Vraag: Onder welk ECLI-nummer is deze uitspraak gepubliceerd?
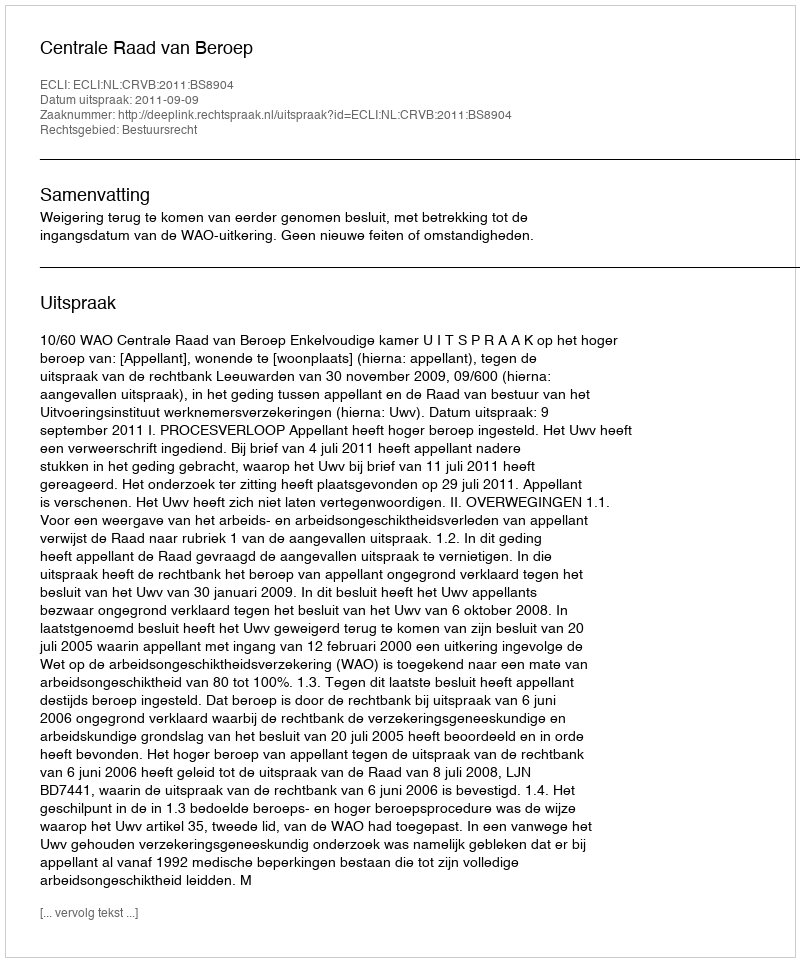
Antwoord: ECLI:NL:CRVB:2011:BS8904